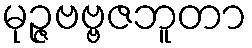
မုဉ္ဇဗဗ္ဗဇဘူတာ